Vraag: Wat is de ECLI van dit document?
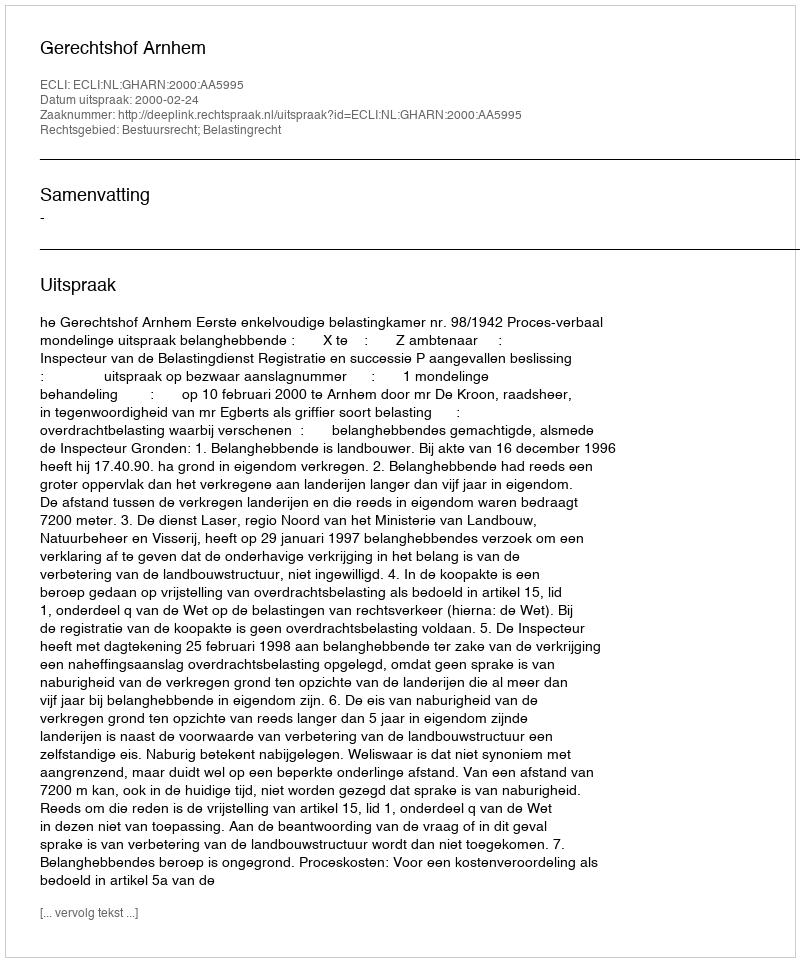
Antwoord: ECLI:NL:GHARN:2000:AA5995